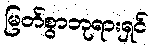
မြတ်စွာဘုရားရှင်